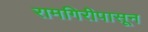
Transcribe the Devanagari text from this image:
रामगिरीपासून